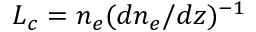
L _ { c } = n _ { e } ( d n _ { e } / d z ) ^ { - 1 }